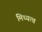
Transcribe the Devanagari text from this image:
मिथ्यत्व